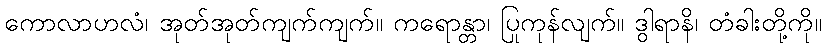
ကောလာဟလံ၊ အုတ်အုတ်ကျက်ကျက်။ ကရောန္တာ၊ ပြုကုန်လျက်။ ဒွါရာနိ၊ တံခါးတို့ကို။